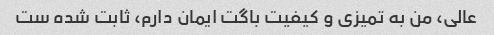
عالی، من به تمیزی و کیفیت باگت ایمان دارم، ثابت شده ست